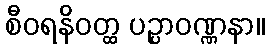
စီဝရနိဝတ္ထ ပဉ္ပာဝဏ္ဏနာ။